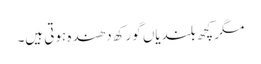
مگر کچھ بلندیاں گورکھ دھندہ ہوتی ہیں۔